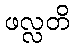
ဖလ္လတိ